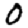
Digit: 0